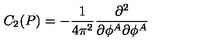
C _ { 2 } ( P ) = - \frac 1 { 4 \pi ^ { 2 } } \frac { \partial ^ { 2 } } { \partial \phi ^ { A } \partial \phi ^ { A } }